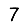
Digit: 7